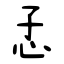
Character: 孞